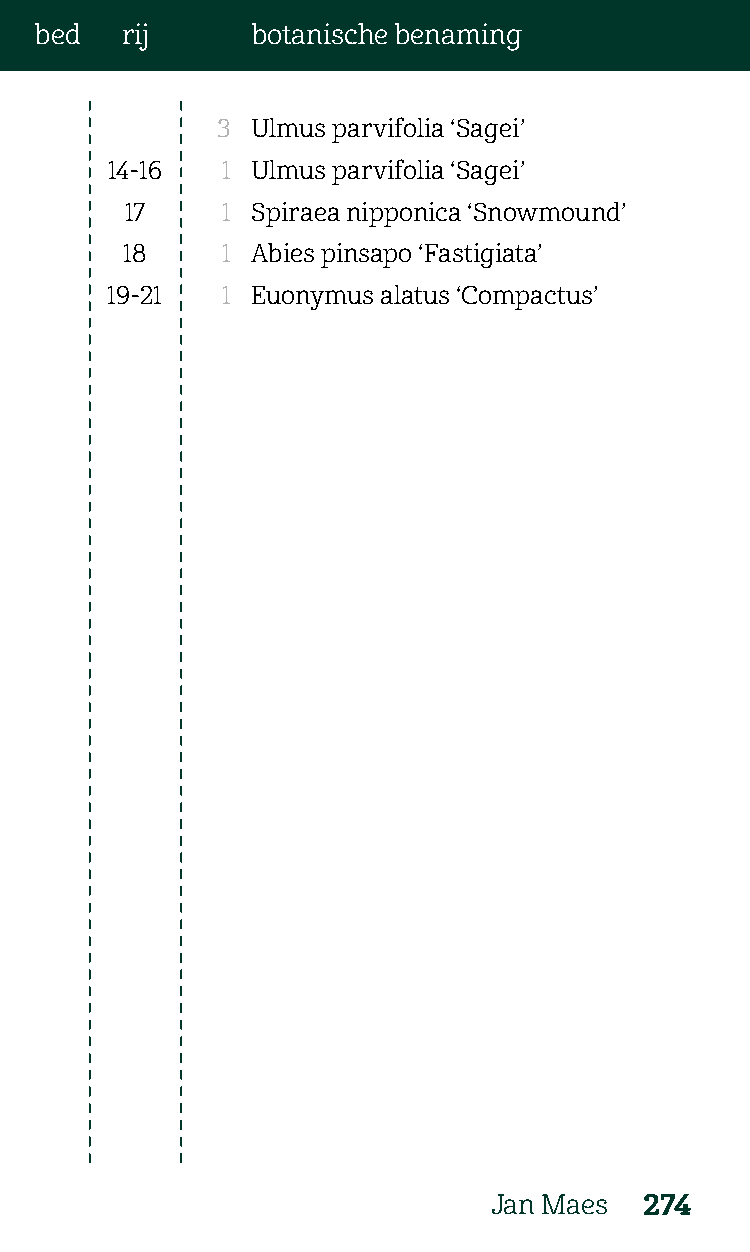
bed   rij      botanische benaming
 3  Ulmus parvifolia ‘Sagei’
 14-16   1 Ulmus parvifolia ‘Sagei’
 17     1 Spiraea nipponica ‘Snowmound’
 18     1 Abies pinsapo ‘Fastigiata’
 19-21   1 Euonymus alatus ‘Compactus’
 Jan Maes   274